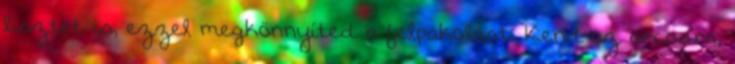
lisztet is, ezzel megkönnyíted a felpakolást. Kend az arcodra,